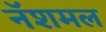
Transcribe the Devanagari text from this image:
नॅशमल